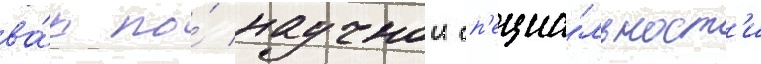
ва́к по́ научнои сп'ециа́льност'и